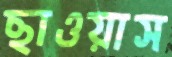
ছাওয়াস